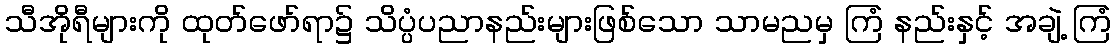
သီအိုရီများကို ထုတ်ဖော်ရာ၌ သိပ္ပံပညာနည်းများဖြစ်သော သာမညမှ ကြံ နည်းနှင့် အချဲ့ ကြံ